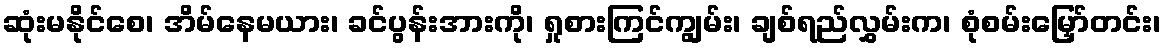
ဆုံးမနိုင်စေ၊ အိမ်နေမယား၊ ခင်ပွန်းအားကို၊ ရှုစားကြင်ကျွမ်း၊ ချစ်ရည်လွှမ်းက၊ စုံစမ်းမြှော်တင်း၊